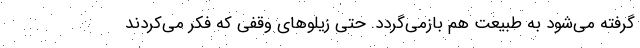
گرفته می‌شود به طبیعت هم بازمی‌گردد. حتی زیلوهای وقفی که فکر می‌کردند